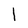
Character: 1